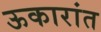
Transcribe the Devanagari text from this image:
ऊकारांत